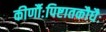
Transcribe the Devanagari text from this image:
कीर्णौःपिष्टातकौधैः